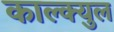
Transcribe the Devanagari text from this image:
काल्क्युल